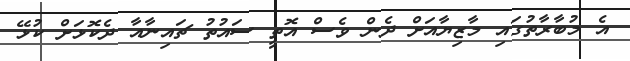
އެ މުބާރާތުގައި މާޒިޔާއަށް ދެން ވެސް އޮތީ ސައުތު ޗައިނާއާ ދެކޮޅަށް ކުޅޭ